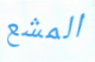
المشع